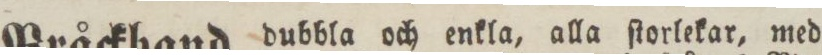
Bråckband, dubbla och enkla, alla ſtorlekar, med